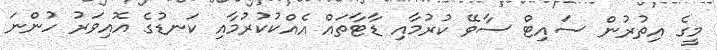
މީގެ އިތުރުން ސައިޓް ސާވޭ ކުރުމާއި ޑާޓާތައް އެއްކުކުރުމާއި ކަނޑުގެ އޮއިވަރު ހުންނަ